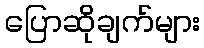
ပြောဆိုချက်များ